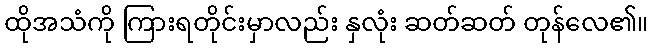
ထိုအသံကို ကြားရတိုင်းမှာလည်း နှလုံး ဆတ်ဆတ် တုန်လေ၏။